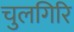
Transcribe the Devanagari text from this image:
चुलगिरि